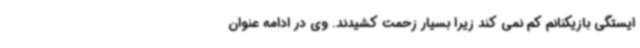
ایستگی بازیکنانم کم نمی کند زیرا بسیار زحمت کشیدند. وی در ادامه عنوان